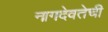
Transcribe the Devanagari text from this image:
नागदेवतेची